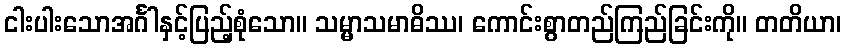
ငါးပါးသောအင်္ဂါနှင့်ပြည့်စုံသော။ သမ္မာသမာဓိဿ၊ ကောင်းစွာတည်ကြည်ခြင်းကို။ တတိယာ၊